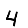
Digit: 4